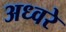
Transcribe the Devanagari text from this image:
अध्वरे